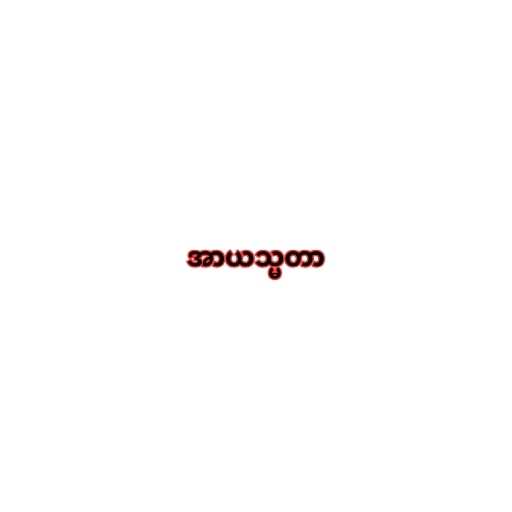
အာယသ္မတာ